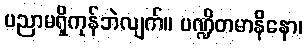
ပညာမရှိကုန်ဘဲလျက်။ ပဏ္ဍိတမာနိနော၊